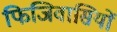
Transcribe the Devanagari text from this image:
फिजिवासियों